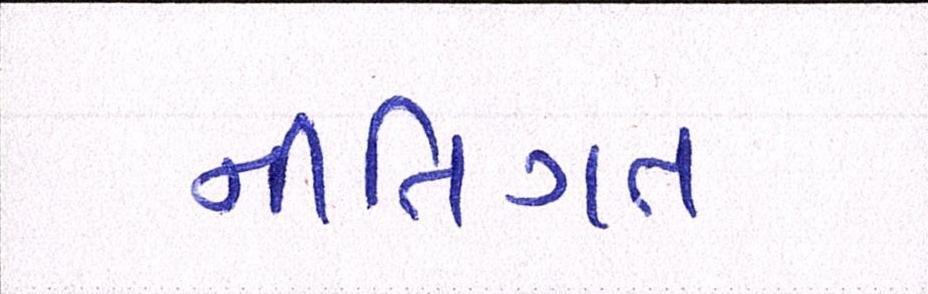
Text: નીતિગત